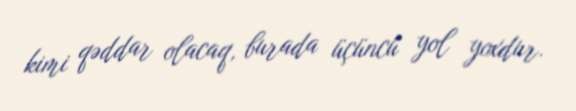
kimi qəddar olacaq, burada üçüncü yol yoxdur.